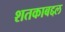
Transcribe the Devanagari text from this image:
शतकाबद्दल